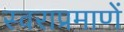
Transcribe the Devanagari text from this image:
स्वराप्रमाणें